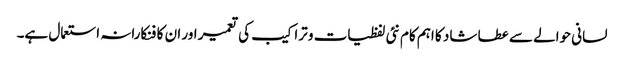
لسانی حوالے سے عطا شاد کا اہم کام نئی لفظیات و تراکیب کی تعمیر اور ان کا فنکارانہ استعمال ہے۔